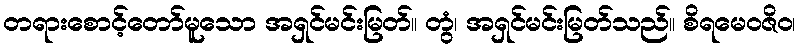
တရားစောင့်တော်မူသော အရှင်မင်းမြတ်။ တွံ၊ အရှင်မင်းမြတ်သည်။ စိရမေဝဇိဝ၊